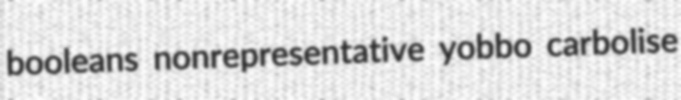
booleans nonrepresentative yobbo carbolise